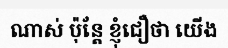
ណាស់ ប៉ុន្តែ ខ្ញុំជឿថា យើង